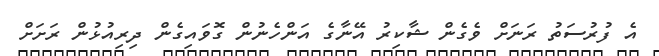
އެ ފުރުސަތު ރަނަށް ވެގެން ޝާކިރު އޭނާގެ އަންހެނުން ގޮވައިގެން ދިރިއުޅުން ރަށަށް